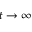
t \to \infty